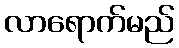
လာရောက်မည်